Vaccination report Assam 1896-1927 - 1896-1927
Year: 1896
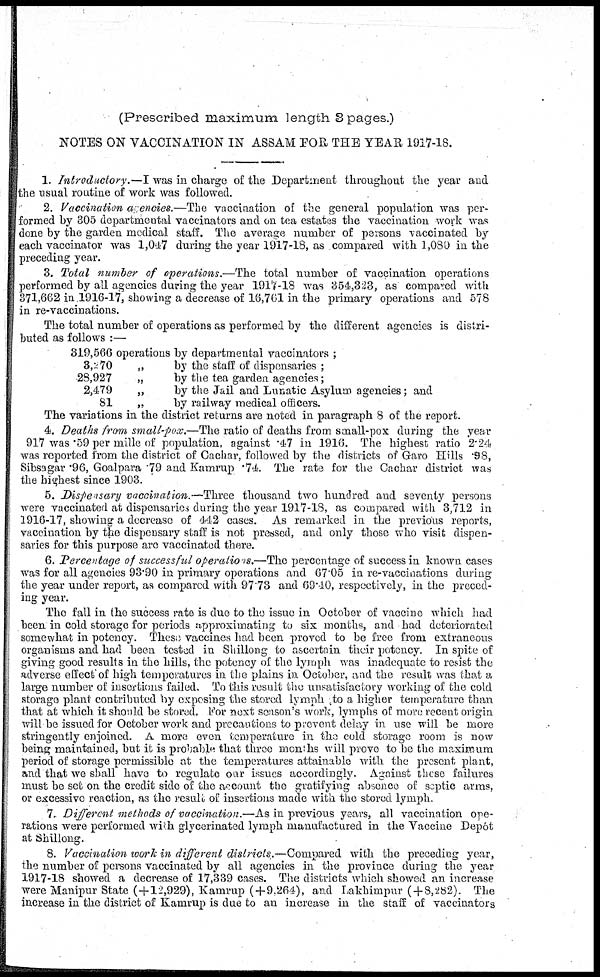
(Prescribed maximum length 3 pages.)
NOTES ON VACCINATION IN ASSAM FOR THE YEAR 1917-18.
1. Introductory.—I was in charge of the Department throughout the year and
the usual routine of work was followed.
2. Vaccination agencies.—The vaccination of the general population was per-
formed by 805 departmental vaccinators and on tea estates the vaccination work was
done by the garden medical staff. The average number of persons vaccinated by
each vaccinator was 1,047 during the year 1917-18, as compared with 1,080 in the
preceding year.
3. Total number of operations.—The total number of vaccination operations
performed by all agencies during the year 1917-18 was 354,323, as compared with
371,662 in 1916-17, showing a decrease of 16,701 in the primary operations and 578
in re-vaccinations.
The total number of operations as performed by the different agencies is distri-
buted as follows :—
319,566 operations by departmental vaccinators ;
3,270
„
by the staff of dispensaries ;
28,927
„
by the tea garden agencies;
2,479
„
by the Jail and Lunatic Asylum agencies; and
81
„
by railway medical officers.
The variations in the district returns are noted in paragraph 8 of the report.
4. Deaths from small-pox.—The ratio of deaths from small-pox during the year
917 was .59 per mille of population, against .47 in 1916. The highest ratio 2.24
was reported from the district of Cachar, followed by the districts of Garo Hills .98,
Sibsagar .96, Goalpara .79 and Kamrup .74. The rate for the Cachar district was
the highest since 1903.
5. Dispensary vaccination.—Three thousand two hundred and seventy persons
were vaccinated at dispensaries during the year 1917-1S, as compared with 3,712 in
1916-17, showing a decrease of 442 cases. As remarked in the previous reports,
vaccination by the dispensary staff is not pressed, and only those who visit dispen-
saries for this purpose are vaccinated there.
6. Percentage of successful operalions.—The percentage of success in known cases
was for all agencies 93.90 in primary operations and 67.05 in re-vaccinations during
the year under report, as compared with 97.73 and 69.10, respectively, in the preced-
ing year.
The fall in the success rate is due to the issue in October of vaccine which had
been in cold storage for periods approximating to six months, and had deteriorated
somewhat in potency. These vaccines had been proved to be free from extraneous
organisms and had been tested in Shillong to ascertain their potency. In spite of
giving good results in the hills, the potency of the lymph was inadequate to resist the
adverse effect of high temperatures in the plains in October, and the result was that a
large number of insertions failed. To this result the unsatisfactory working of the cold
storage plant contributed by exposing the stored lymph to a higher temperature than
that at which it should be stored. For next season's work, lymphs of more recent origin
will be issued for October work and precautions to prevent delay in use will be more
stringently enjoined. A more even temperature in the cold storage room is now
being maintained, but it is probable that three months will prove to be the maximum
period of storage permissible at the temperatures attainable with the present plant,
and that we shall have to regulate our issues accordingly. Against these failures
must be set on the credit side of the account the gratifying absence of septic arms,
or excessive reaction, as the result of insertions made with tlie stored lymph.
7. Different methods of vaccination.—As in previous years, all vaccination ope-
rations were performed with glycerinated lymph manufactured in the Vaccine Depôt
at Shillong.
8. Vaccination work in different districts.—Compared with the preceding year,
the number of persons vaccinated by all agencies in the province during the year
1917-18 showed a decrease of 17,339 cases. The districts which showed an increase
were Manipur State (+12,929), Kamrup (+9,264), and Lakhimpur ( + 8,282). The
increase in the district of Kamrup is due to an increase in the staff of vaccinators